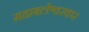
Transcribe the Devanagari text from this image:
महाबलेश्वरकर